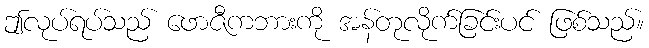
ဤလုပ်ရပ်သည် ဖောဇီကဘားကို အန်တုလိုက်ခြင်းပင် ဖြစ်သည်။